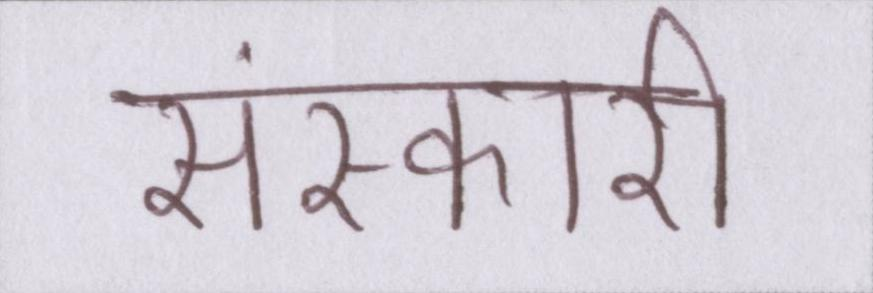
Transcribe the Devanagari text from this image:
संस्कारी